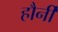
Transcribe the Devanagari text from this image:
हौर्नी